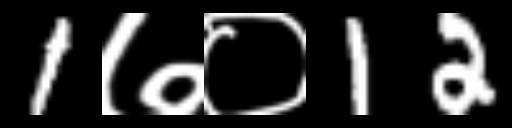
Text: 1७०12